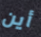
أين